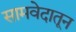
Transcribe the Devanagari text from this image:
सामवेदातून